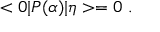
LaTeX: < 0 | P ( \alpha ) | \eta > = 0 \ .